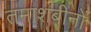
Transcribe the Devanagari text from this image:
तमाशबीनों